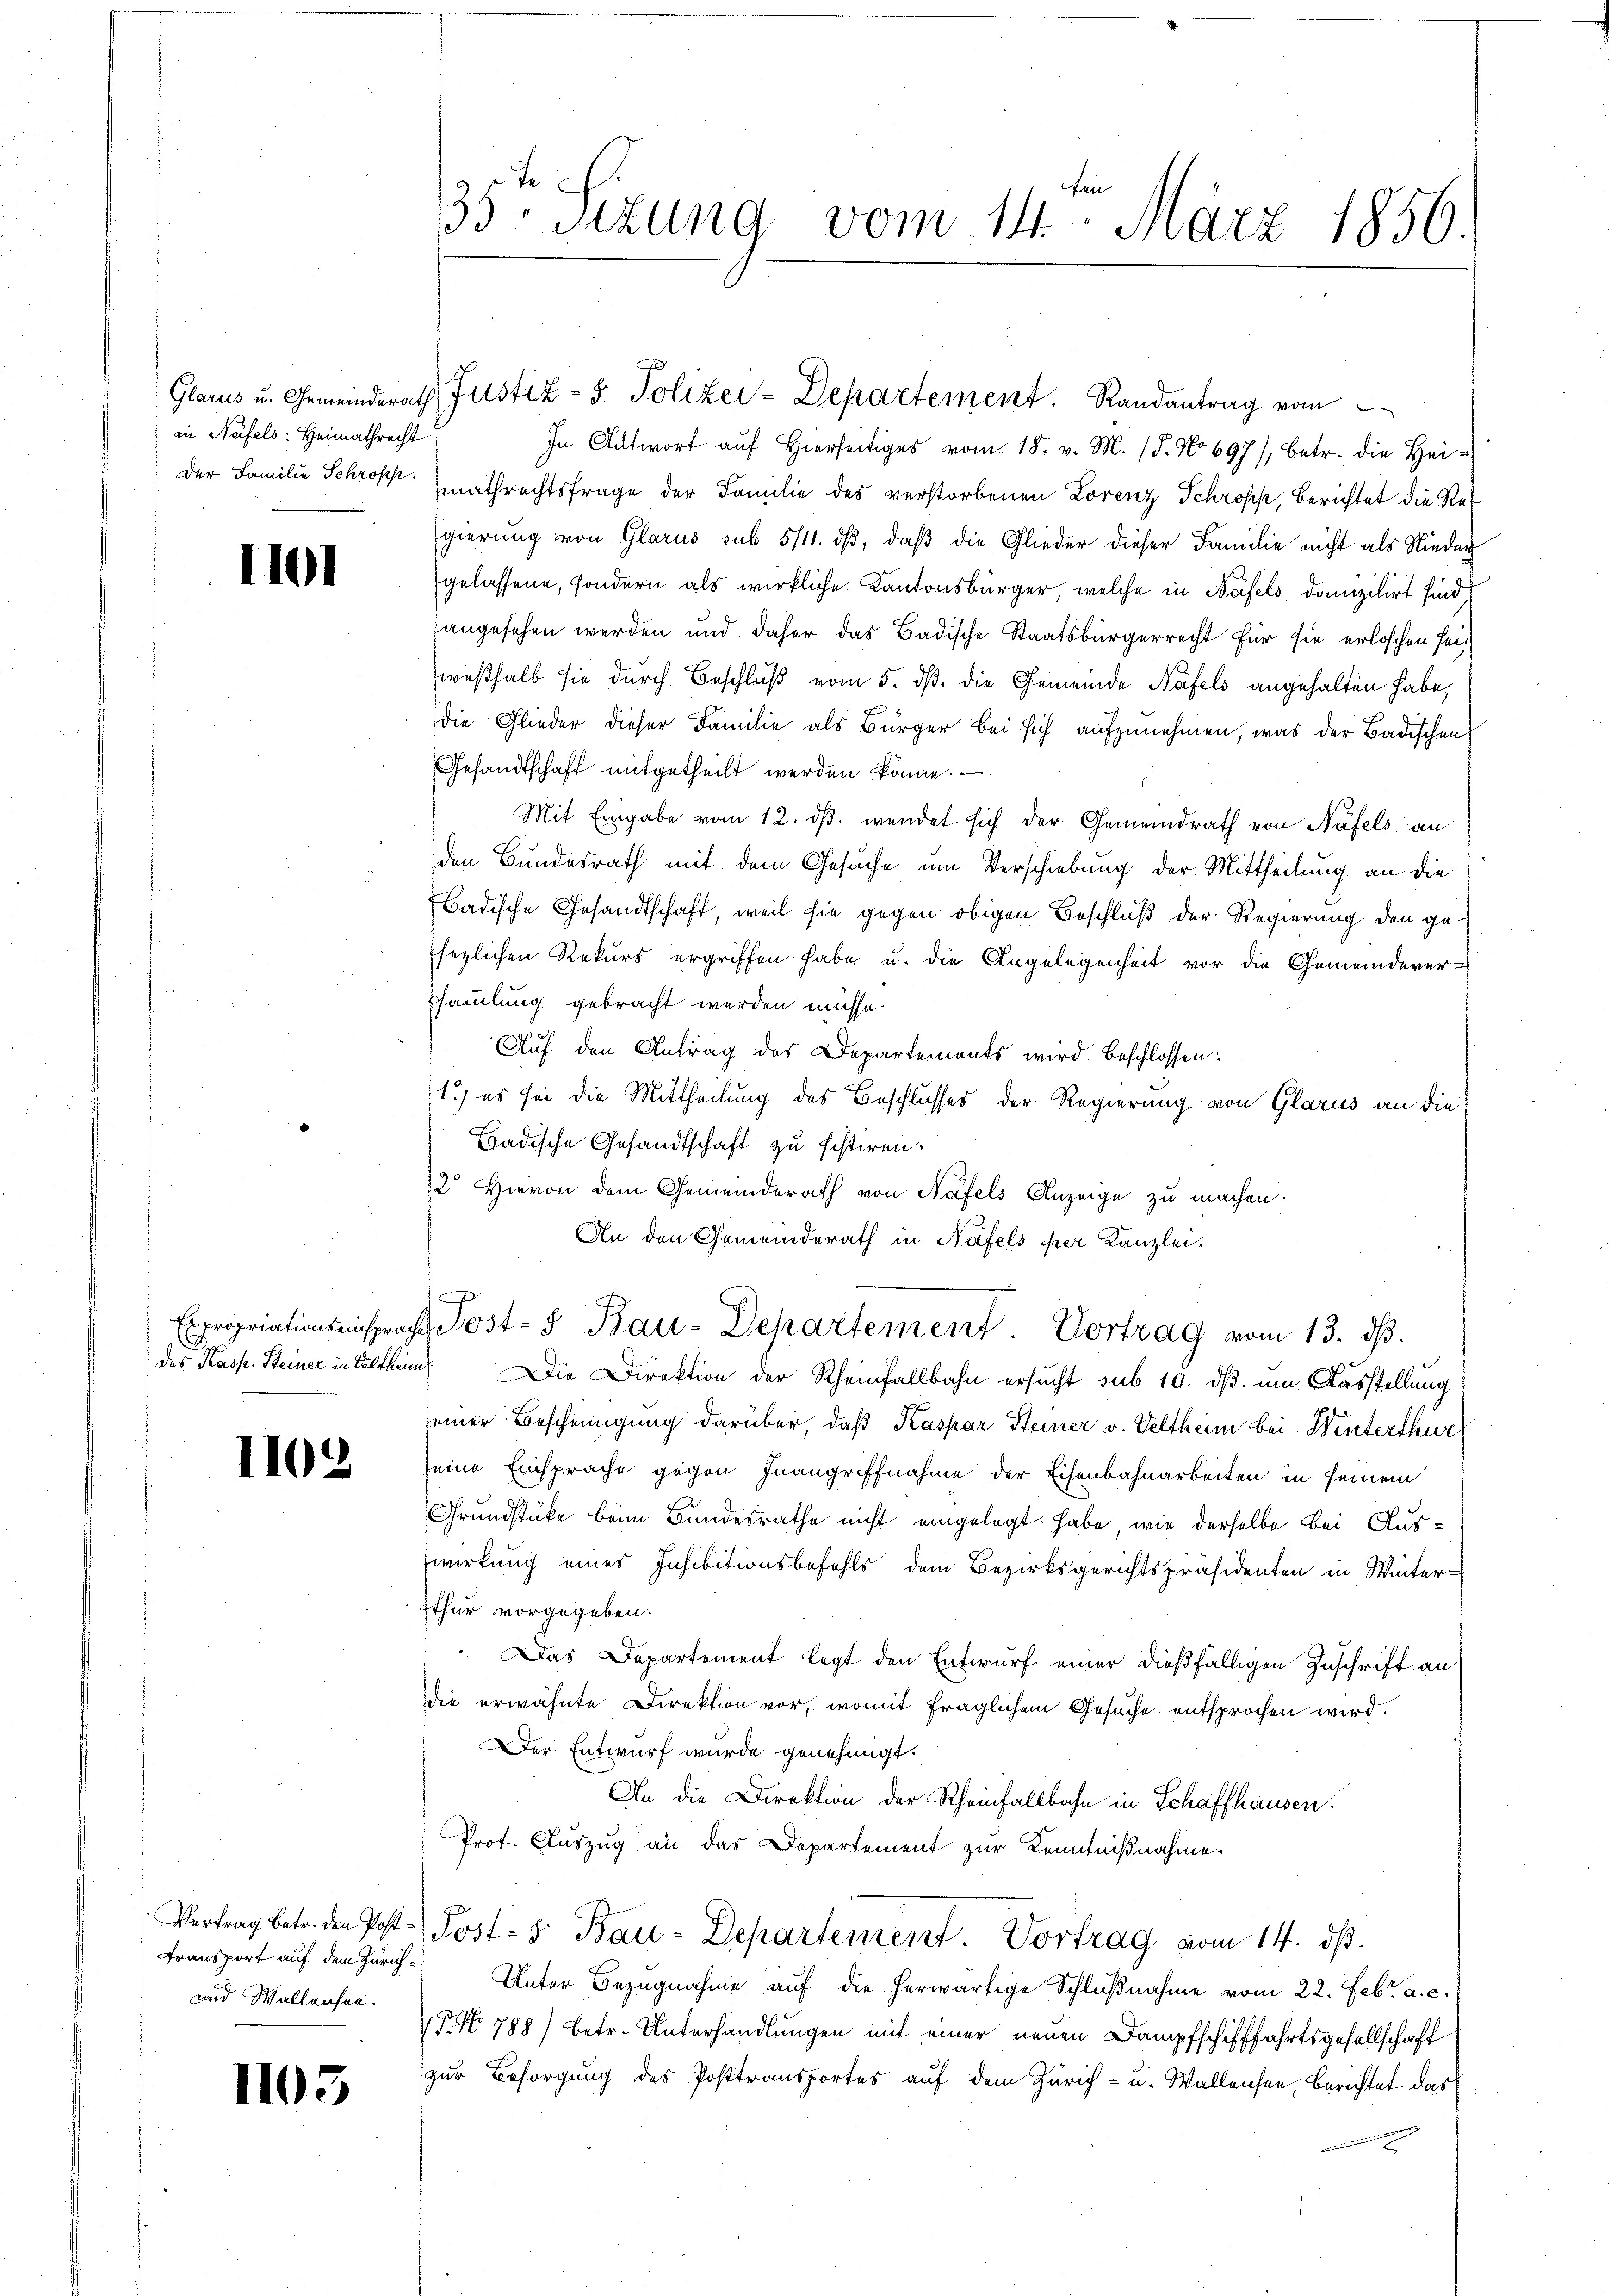
in Näfels: Heimathrecht

1101

1102

und Wallausen.

1105

In Antwort auf hierses vom 18. v. M. (T. No 697), betr. die Heider Familie Schrot mathrechtsfrage der Familie des verstorbenen Lorenz Schropp, Berichtet die Regierung von Glarus sub 5/11. dβ, daß die Glieder dieser Familie nicht als Nieder
gelassene, sondern als wirkliche Kantonsbürger, welche in Näfels domizilirt sind,
angesehen werden und daher das Badische Staatsbürgerrecht für sie erloschen sei.
Preßhalb sie durch Beschluß vom 5. dß. die Gemeinde Bäfels angehalten habe,
die Glieder dieser Familie als Bürger bei sich aufzunehmen, was der Badischen
Gesandtschaft mitgetheilt werden könne. —
Mit Eingabe vom 12. dβ. wendet sich der Gemeindrath von Näfels an
den Bundesrath mit dem Gesuche um Verschiebung der Mittheilung an die
Badische Gesandtschaft, weil sie gegen obigen Beschluß der Regierung den gesezlichen Rekurs ergriffen habe u. die Angelegenheit vor die Gemeindever-
Esammlung gebracht werden müsse.
Auf den Antrag des Departements wird beschlossen:
1.) es sei die Mittheilung des Beschlusses der Regierung von Glarus an die
Badische Gesandtschaft zu festiren.
2 Hievon dem Gemeinderath von Näfels Anzeige zu machen.
An den Gemeinderath in Näfels per Kanzlei-
Expropriationsansprach Post- & Bau-Departement. Vortrag vom 13. ds.
des Kasp. Steiner in Altheim. Die Direktion der Rheinfallbahn ersucht sub 10. ds. um Ausstellung
einer Bescheinigung darüber, daß Kaspar Steiner v. Veltheim bei Winterthur
seine Einsprache gegen Inangriffnahme der Eisenbahnarbeiten in seinem
Grundstücke beim Bundesrathe nicht eingelegt habe, wie derselbe bei Auswirkung eines Inhibitionsbefehls dem Bezirksgerichtspräsidenten in Winter-
Zthur vorgegeben.
Das Departement legt den Entwurf einer dießfälligen Zuschrift an
die erwähnte Direktion vor, womit fraglichem Gesuche entsprochen wird.
Der Entwurf wurde genehmigt.
An die Direktion der Rheinfallbahn in Schaffhausen.
Prof. Auszug an das Departement zur Kenntnißnahme.
Vertrag betr. den Post. Post- 5. Bau-Departement. Vortrag vom 14. ds.
Transport auf dem Zürch. Unter Bezugnahme aŭf die herwärtige Schlŭβnahme vom 22. Febr. a. c.
(T. No 788) betr. Unterhandlungen mit einer neuen Dampfschifffahrtsgesellschaft
zur Besorgung des Posttransportes auf dem Zürich- u. Wallensee, Berichtet das
c

35ten Sizung vom 14. März 1856.

Glarus u. Gemeinderath Justiz- & Polizei-Departement. Randantrag vom